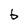
Character: b